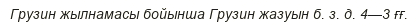
Грузин жылнамасы бойынша Грузин жазуын б. з. д. 4—3 ғғ.